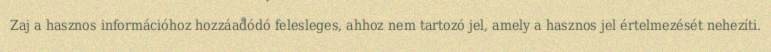
Zaj a hasznos információhoz hozzáadódó felesleges, ahhoz nem tartozó jel, amely a hasznos jel értelmezését nehezíti.